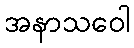
အနာသဝေါ